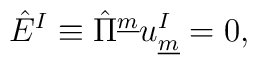
\hat{E}^{I} \equiv  \hat{\Pi}^{\underline{m}} u^{I}_{\underline{m}}=0, \qquad